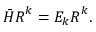
\begin{array} { r } { \boldsymbol { \bar { H } } \boldsymbol { R } ^ { k } = E _ { k } \boldsymbol { R } ^ { k } . } \end{array}